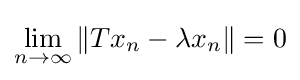
\lim _{n\to \infty }\|Tx_{n}-\lambda x_{n}\|=0